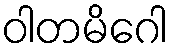
ဝါတမိဂေါ